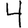
Digit: 4